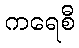
ကရေစီ